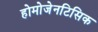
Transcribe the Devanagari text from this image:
होमोजेनटिसिक